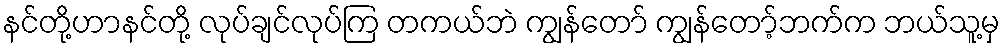
နင်တို့ဟာနင်တို့ လုပ်ချင်လုပ်ကြ တကယ်ဘဲ ကျွန်တော် ကျွန်တော့်ဘက်က ဘယ်သူ့မှ